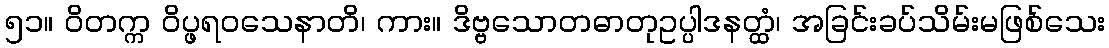
၅၁။ ဝိတက္က ဝိပ္ဖရဝသေနာတိ၊ ကား။ ဒိဗ္ဗသောတဓာတုဥပ္ပါဒနတ္ထံ၊ အခြင်းခပ်သိမ်းမဖြစ်သေး